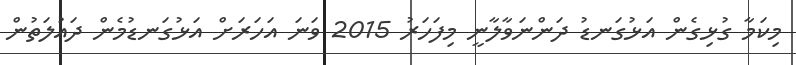
މިކަމާ ގުޅިގެން އަޅުގަނޑު ދަންނަވާލާނީ މިފަހަރު 2015 ވަނަ އަހަރަށް އަޅުގަނޑުމެން ދައުލަތުން